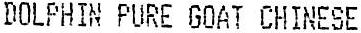
DOLPHIN PURE GOAT CHINESE